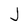
Character: J